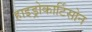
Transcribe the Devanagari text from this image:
हाइड्रोकार्टिसोन